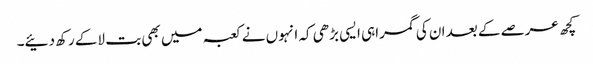
کچھ عرصے کے بعد ان کی گمراہی ایسی بڑھی کہ انہوں نے کعبہ میں بھی بت لاکے رکھ دئیے۔